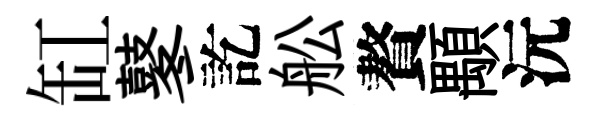
缸鼕訖舩贅顒沅